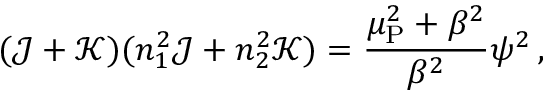
( \mathcal J + \mathcal K ) ( n _ { 1 } ^ { 2 } \mathcal J + n _ { 2 } ^ { 2 } \mathcal K ) = \frac { \mu _ { \mathrm { P } } ^ { 2 } + \beta ^ { 2 } } { \beta ^ { 2 } } \psi ^ { 2 } \, ,